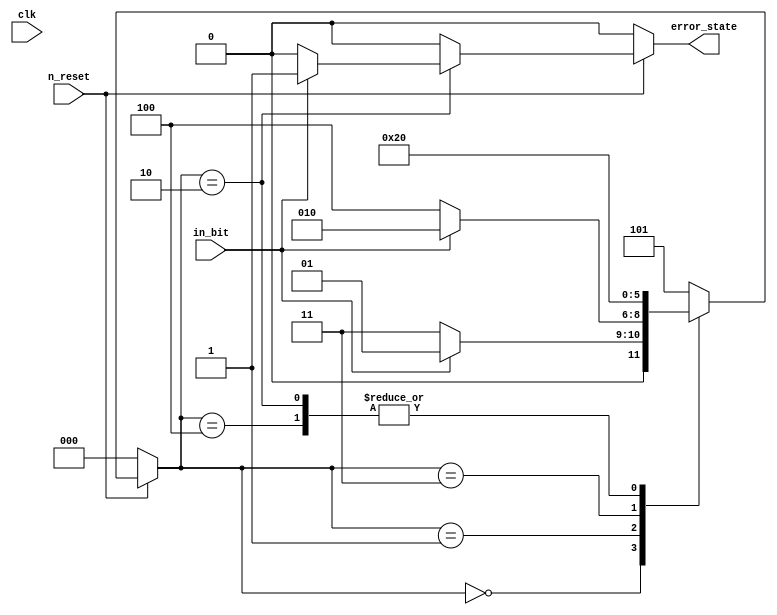
module serial_bit_sequence_decoder
    (
        input   wire    clk, n_reset, in_bit,
        output  reg     error_state
    );

    localparam  START = 3'b000,
                D0_IS_1 = 3'b001,
                D1_IS_1 = 3'b010,
                D0_NOT_1 = 3'b011,
                D1_NOT_1 = 3'b100,
                FAULTY_STATE = 3'b101;

    reg [2:0] current_state = START;
    reg [2:0] next_state = START;

    // current_state
    always @(clk) begin
        if (n_reset == 1'b0) begin
            current_state <= START;
        end else begin
            current_state <= next_state;
        end
    end

    // next_state
    always @(current_state, n_reset, in_bit) begin
        if (n_reset == 1'b0) begin
            next_state <= START;
        end else begin
            case(current_state)
                START:
                    if (in_bit == 1'b0) begin
                        next_state <= D0_NOT_1;
                    end else begin
                        next_state <= D0_IS_1;
                    end
                D0_IS_1:
                    if (in_bit == 1'b0) begin
                        next_state <= D1_NOT_1;
                    end else begin
                        next_state <= D1_IS_1;
                    end
                D1_IS_1:
                    if (in_bit == 1'b0) begin
                        next_state <= START;
                    end else begin
                        next_state <= START;
                    end
                D0_NOT_1:
                    next_state <= D1_NOT_1;
                D1_NOT_1:
                    next_state <= START;
                default:
                    next_state <= FAULTY_STATE;
            endcase
        end
    end

    // output
    always @(current_state, n_reset, in_bit) begin
        if (n_reset == 1'b0) begin
            error_state <= 1'b0;
        end else begin
            case(current_state)
                D1_IS_1:
                    if (in_bit == 1'b0) begin
                        error_state <= 1'b0;
                    end else begin
                        error_state <= 1'b1;
                    end
                default:
                    error_state <= 1'b0;
            endcase
        end
    end


endmodule